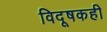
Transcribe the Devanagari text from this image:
विदूषकही